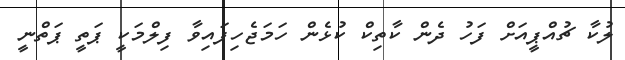
ލުކާ ޗުއްޕީއަށް ފަހު ދެން ކާތިކް ކުޅެން ހަމަޖެހިފައިވާ ފިލްމަކީ ޕަތީ ޕަތްނީ